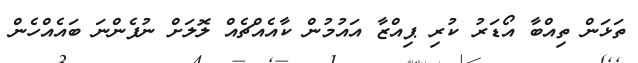
ތަޅަން ތިއްބާ އޯޑަރު ކުރި ޕިއްޒާ އައުމުން ކާއެއްޗެއް ލޮލަށް ނުފެންނަ ބައެއްހެން